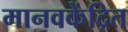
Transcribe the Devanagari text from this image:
मानवकेंद्रित